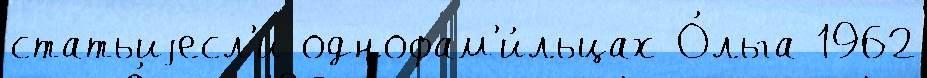
статьиjесл'и однофам'и́льцах О́льга 1962